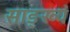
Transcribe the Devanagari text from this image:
साङ्ख्यं